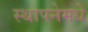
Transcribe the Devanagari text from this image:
स्थापनेमधे